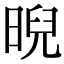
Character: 晲